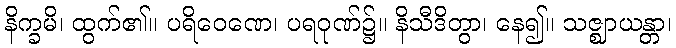
နိက္ခမိ၊ ထွက်၏။ ပရိဝေဏေ၊ ပရဝုဏ်၌။ နိသီဒိတွာ၊ နေ၍။ သဇ္ဈာယန္တာ၊